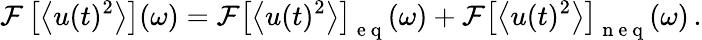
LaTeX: \mathcal{F}\left[\left<u(t)^{2}\right>\right](\omega)=\mathcal{F}\left[\left<u(t)^{2}\right>\right]_{\mathrm{~e~q~}}(\omega)+\mathcal{F}\left[\left<u(t)^{2}\right>\right]_{\mathrm{~n~e~q~}}(\omega)\, .